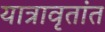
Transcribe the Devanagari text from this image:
यात्रावृतांत